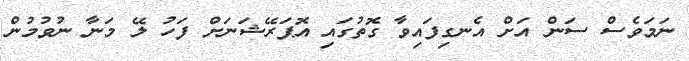
ނަމަވެސް ސަން އަށް އެނގިފައިވާ ގޮތުގައި އޮޕަރޭޝަނަށް ފަހު ލޭ މަނާ ނުވުމުން